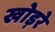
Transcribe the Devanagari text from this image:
खोड़रे